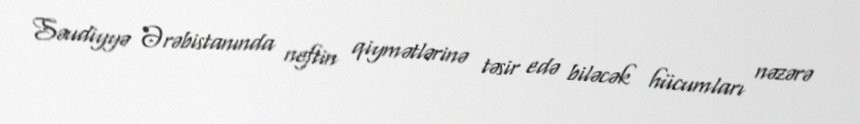
Səudiyyə Ərəbistanında neftin qiymətlərinə təsir edə biləcək hücumları nəzərə